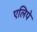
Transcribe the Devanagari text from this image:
एलिपे